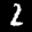
Label: 2